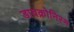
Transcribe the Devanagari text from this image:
डायक्रोनिस्म